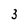
Character: 3